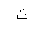
Letter: _ta